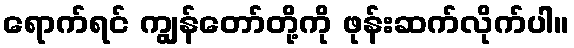
ရောက်ရင် ကျွန်တော်တို့ကို ဖုန်းဆက်လိုက်ပါ။